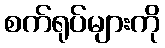
စက်ရုပ်များကို